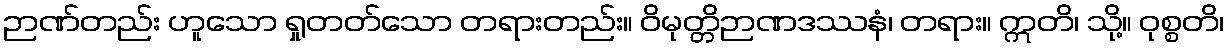
ဉာဏ်တည်း ဟူသော ရှုတတ်သော တရားတည်း။ ဝိမုတ္တိဉာဏဒဿနံ၊ တရား။ ဣတိ၊ သို့။ ဝုစ္စတိ၊